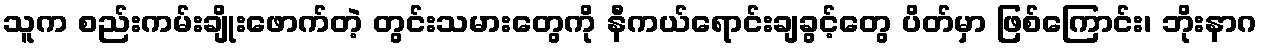
သူက စည်းကမ်းချိုးဖောက်တဲ့ တွင်းသမားတွေကို နီကယ်ရောင်းချခွင့်တွေ ပိတ်မှာ ဖြစ်ကြောင်း၊ ဘိုးနာဂ